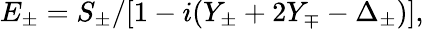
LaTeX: E_{\pm}=S_{\pm}/[1-i(Y_{\pm}+2Y_{\mp}-\Delta_{\pm})],